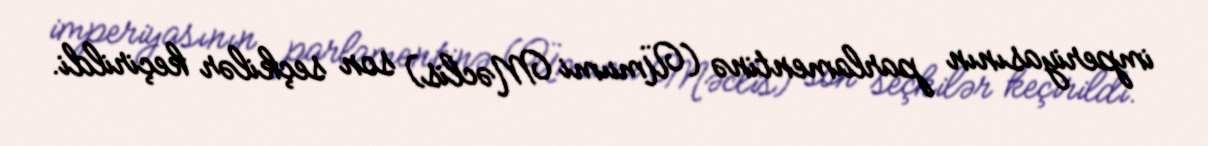
imperiyasının parlamentinə (Ümumi Məclis) son seçkilər keçirildi.